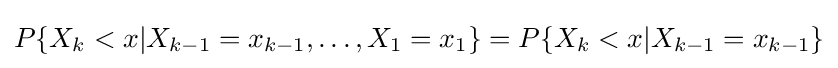
P\{X_{k}<x|X_{k-1}=x_{k-1},\dots ,X_{1}=x_{1}\}=P\{X_{k}<x|X_{k-1}=x_{k-1}\}